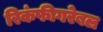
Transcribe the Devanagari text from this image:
रिकंफीगरेबल